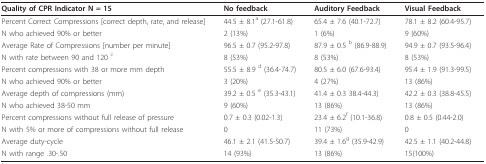
<table><thead><tr><td><b>Quality of CPR Indicator N = 15</b></td><td><b>No feedback</b></td><td><b>Auditory Feedback</b></td><td><b>Visual Feedback</b></td></tr></thead><tbody><tr><td>Percent Correct Compressions [correct depth, rate, and release]</td><td>44.5 ± 8.1<sup>a </sup>(27.1-61.8)</td><td>65.4 ± 7.6 (40.1-72.7)</td><td>78.1 ± 8.2 (60.4-95.7)</td></tr><tr><td>N who achieved 90% or better</td><td>2 (13%)</td><td>1 (6%)</td><td>9 (60%)</td></tr><tr><td>Average Rate of Compressions [number per minute]</td><td>96.5 ± 0.7 (95.2-97.8)</td><td>87.9 ± 0.5 <sup>b </sup>(86.9-88.9)</td><td>94.9 ± 0.7 (93.5-96.4)</td></tr><tr><td>N with rate between 90 and 120 <sup>c</sup></td><td>8 (53%)</td><td>8 (53%)</td><td>8 (53%)</td></tr><tr><td>Percent compressions with 38 or more mm depth</td><td>55.5 ± 8.9 <sup>d </sup>(36.4-74.7)</td><td>80.5 ± 6.0 (67.6-93.4)</td><td>95.4 ± 1.9 (91.3-99.5)</td></tr><tr><td>N who achieved 90% or better</td><td>3 (20%)</td><td>4 (27%)</td><td>13 (86%)</td></tr><tr><td>Average depth of compressions (mm)</td><td>39.2 ± 0.5 <sup>e </sup>(35.3-43.1)</td><td>41.4 ± 0.3 38.4-44.3)</td><td>42.2 ± 0.3 (38.8-45.5)</td></tr><tr><td>N who achieved 38-50 mm</td><td>9 (60%)</td><td>13 (86%)</td><td>13 (86%)</td></tr><tr><td>Percent compressions without full release of pressure</td><td>0.7 ± 0.3 (0.02-1.3)</td><td>23.4 ± 6.2<sup>f </sup>(10.1-36.8)</td><td>0.8 ± 0.5 (0.44-2.0)</td></tr><tr><td>N with 5% or more of compressions without full release</td><td>0</td><td>11 (73%)</td><td>0</td></tr><tr><td>Average duty-cycle</td><td>46.1 ± 2.1 (41.5-50.7)</td><td>39.4 ± 1.6<sup>g </sup>(35.9-42.9)</td><td>42.5 ± 1.1 (40.2-44.8)</td></tr><tr><td>N with range .30-.50</td><td>14 (93%)</td><td>13 (86%)</td><td>15(100%)</td></tr></tbody></table>